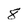
Character: 8